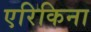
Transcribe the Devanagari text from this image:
एरिकिना